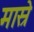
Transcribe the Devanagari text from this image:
मास्रे